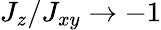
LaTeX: J_{z}/J_{xy}\rightarrow-1